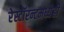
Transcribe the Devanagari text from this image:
रेस्टॉरन्टमध्येही